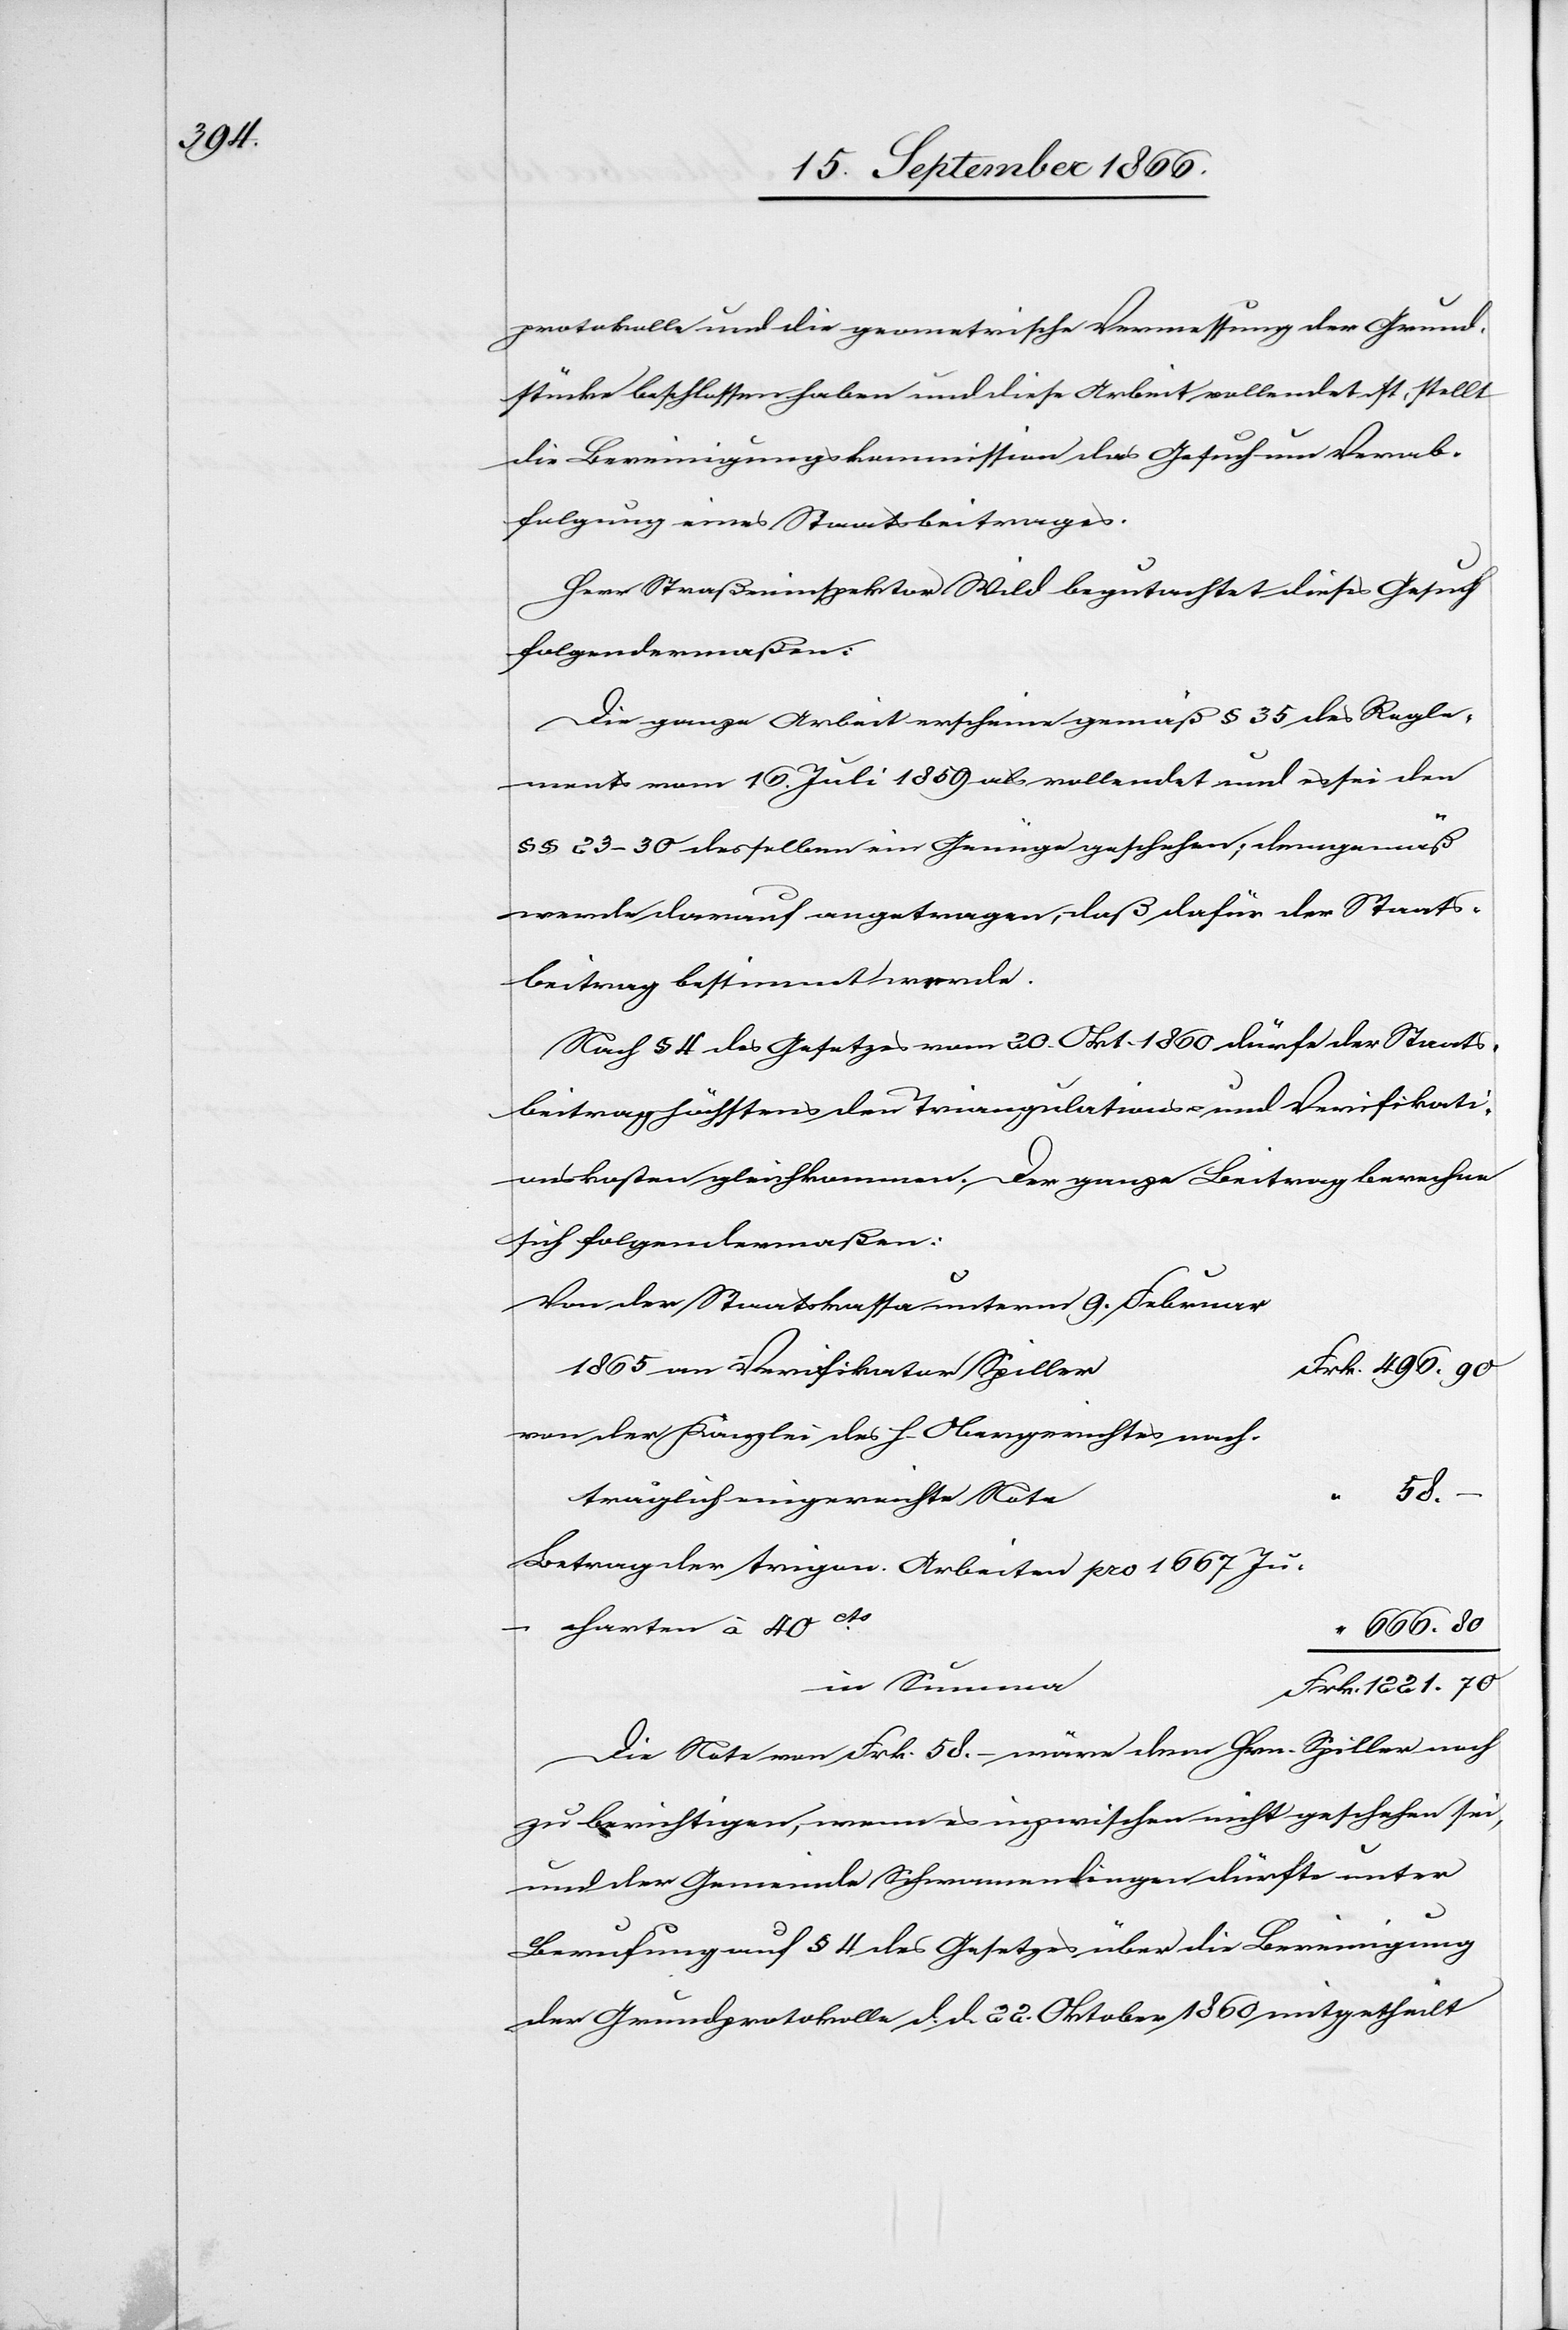
80

protokolle und die geometrische Vermessung der Grund¬
stücke beschlossen und diese Arbeit vollendet ist, stellt die Bereini¬
chung eines Staatsbeitrages.
Herr Straßeninspektor Wild begutachtet dieses Gesuch
folgendermaßen:
Die ganze Arbeit erscheine gemäß § 35 des Regle¬
ments vom 16. Juli 1859 als vollendet und es sei den
§ § 23–30 desselben ein Genüge geschehen; demgemäß
werde darauf angetragen, daß dafür der Staats¬
beitrag bestimmt werde.
Nach § 4 des Gesetzes vom 20. Okt 1860 dürfe der Staats¬
beitrag höchstens den Triangulations- und Verifikati¬
onskosten gleichkommen. Der ganze Beitrag berechne
sich folgendermaßen:
Von der Staatskasse unterm 9. Februar
1865 an Verifikator Spiller
von der Kanzlei des h. Obergeriches nach¬
–
brei¬
Frk.
träglich eingereichte Note
Betrag der trigon. Arbeiten pro 1667 Ju¬
charten à 40cts.
666.
in Summa
Die Note von Frk. 58.– wäre dem Hrn. Spiller noch
zu berichtigen, wenn es inzwischen nicht geschehen sei,
und der Gemeinde Schwamendingen dürfte unter
Berufung auf § 4 des Gesetzes über die Bereinigung
der Grundprotokolle d. d. 22. Oktober 1860 mitgetheilt